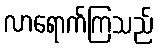
လာရောက်ကြသည်